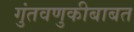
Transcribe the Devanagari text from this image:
गुंतवणुकीबाबत